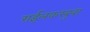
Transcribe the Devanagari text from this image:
राईलकरबुवा